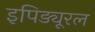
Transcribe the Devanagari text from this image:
इपिड्यूरल